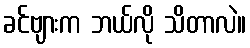
ခင်ဗျားက ဘယ်လို သိတာလဲ။